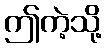
ဤကဲ့သို့